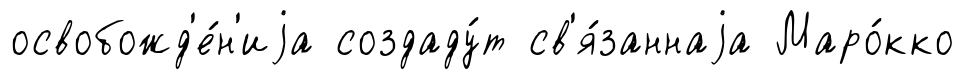
освобожд'е́н'иjа создаду́т св'я́заннаjа Маро́кко